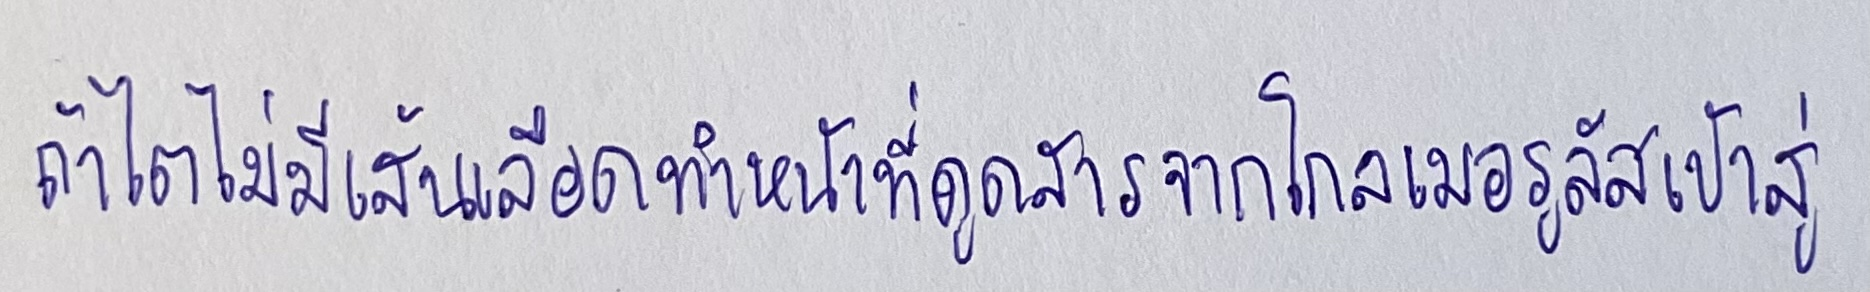
ถ้าไตไม่มีเส้นเลือดทำหน้าที่ดูดสารจากโกลเมอรูลัสเข้าสู่